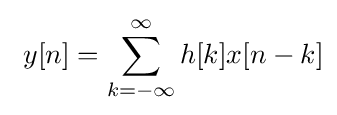
\ y[n]=\sum _{k=-\infty }^{\infty }h[k]x[n-k]